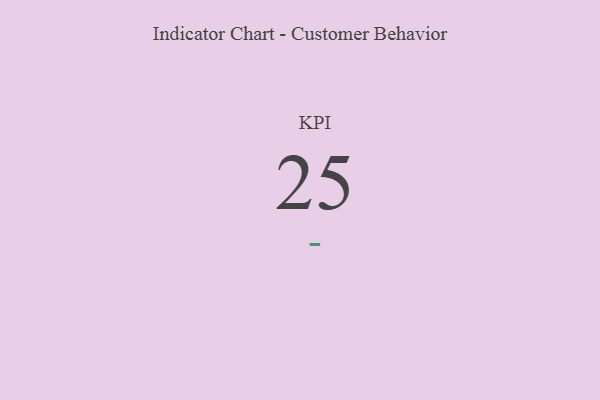
{"axis": {"x": "KPI", "y": "Value"}, "legend": [""], "data": [{"x": "KPI", "y": 25, "type": ""}]}